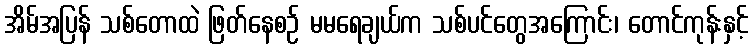
အိမ်အပြန် သစ်တောထဲ ဖြတ်နေစဉ် မမရေချယ်က သစ်ပင်တွေအကြောင်း၊ တောင်ကုန်းနှင့်